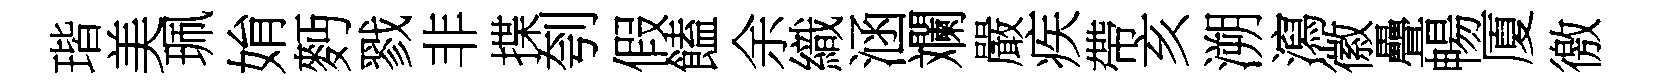
瑎美珮姢麪戮非揲刳假饁余織涵斕嚴疾帶亥溯瀉徽疊暢厦徼